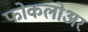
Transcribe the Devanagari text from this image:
फोकलोअर